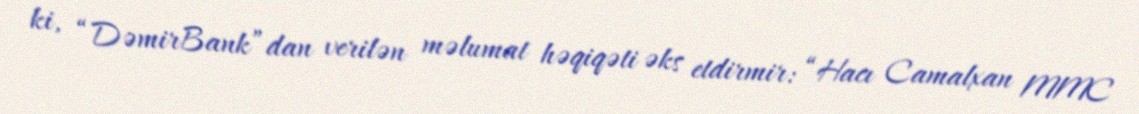
ki, “DəmirBank”dan verilən məlumat həqiqəti əks etdirmir: “Hacı Camalxan MMC